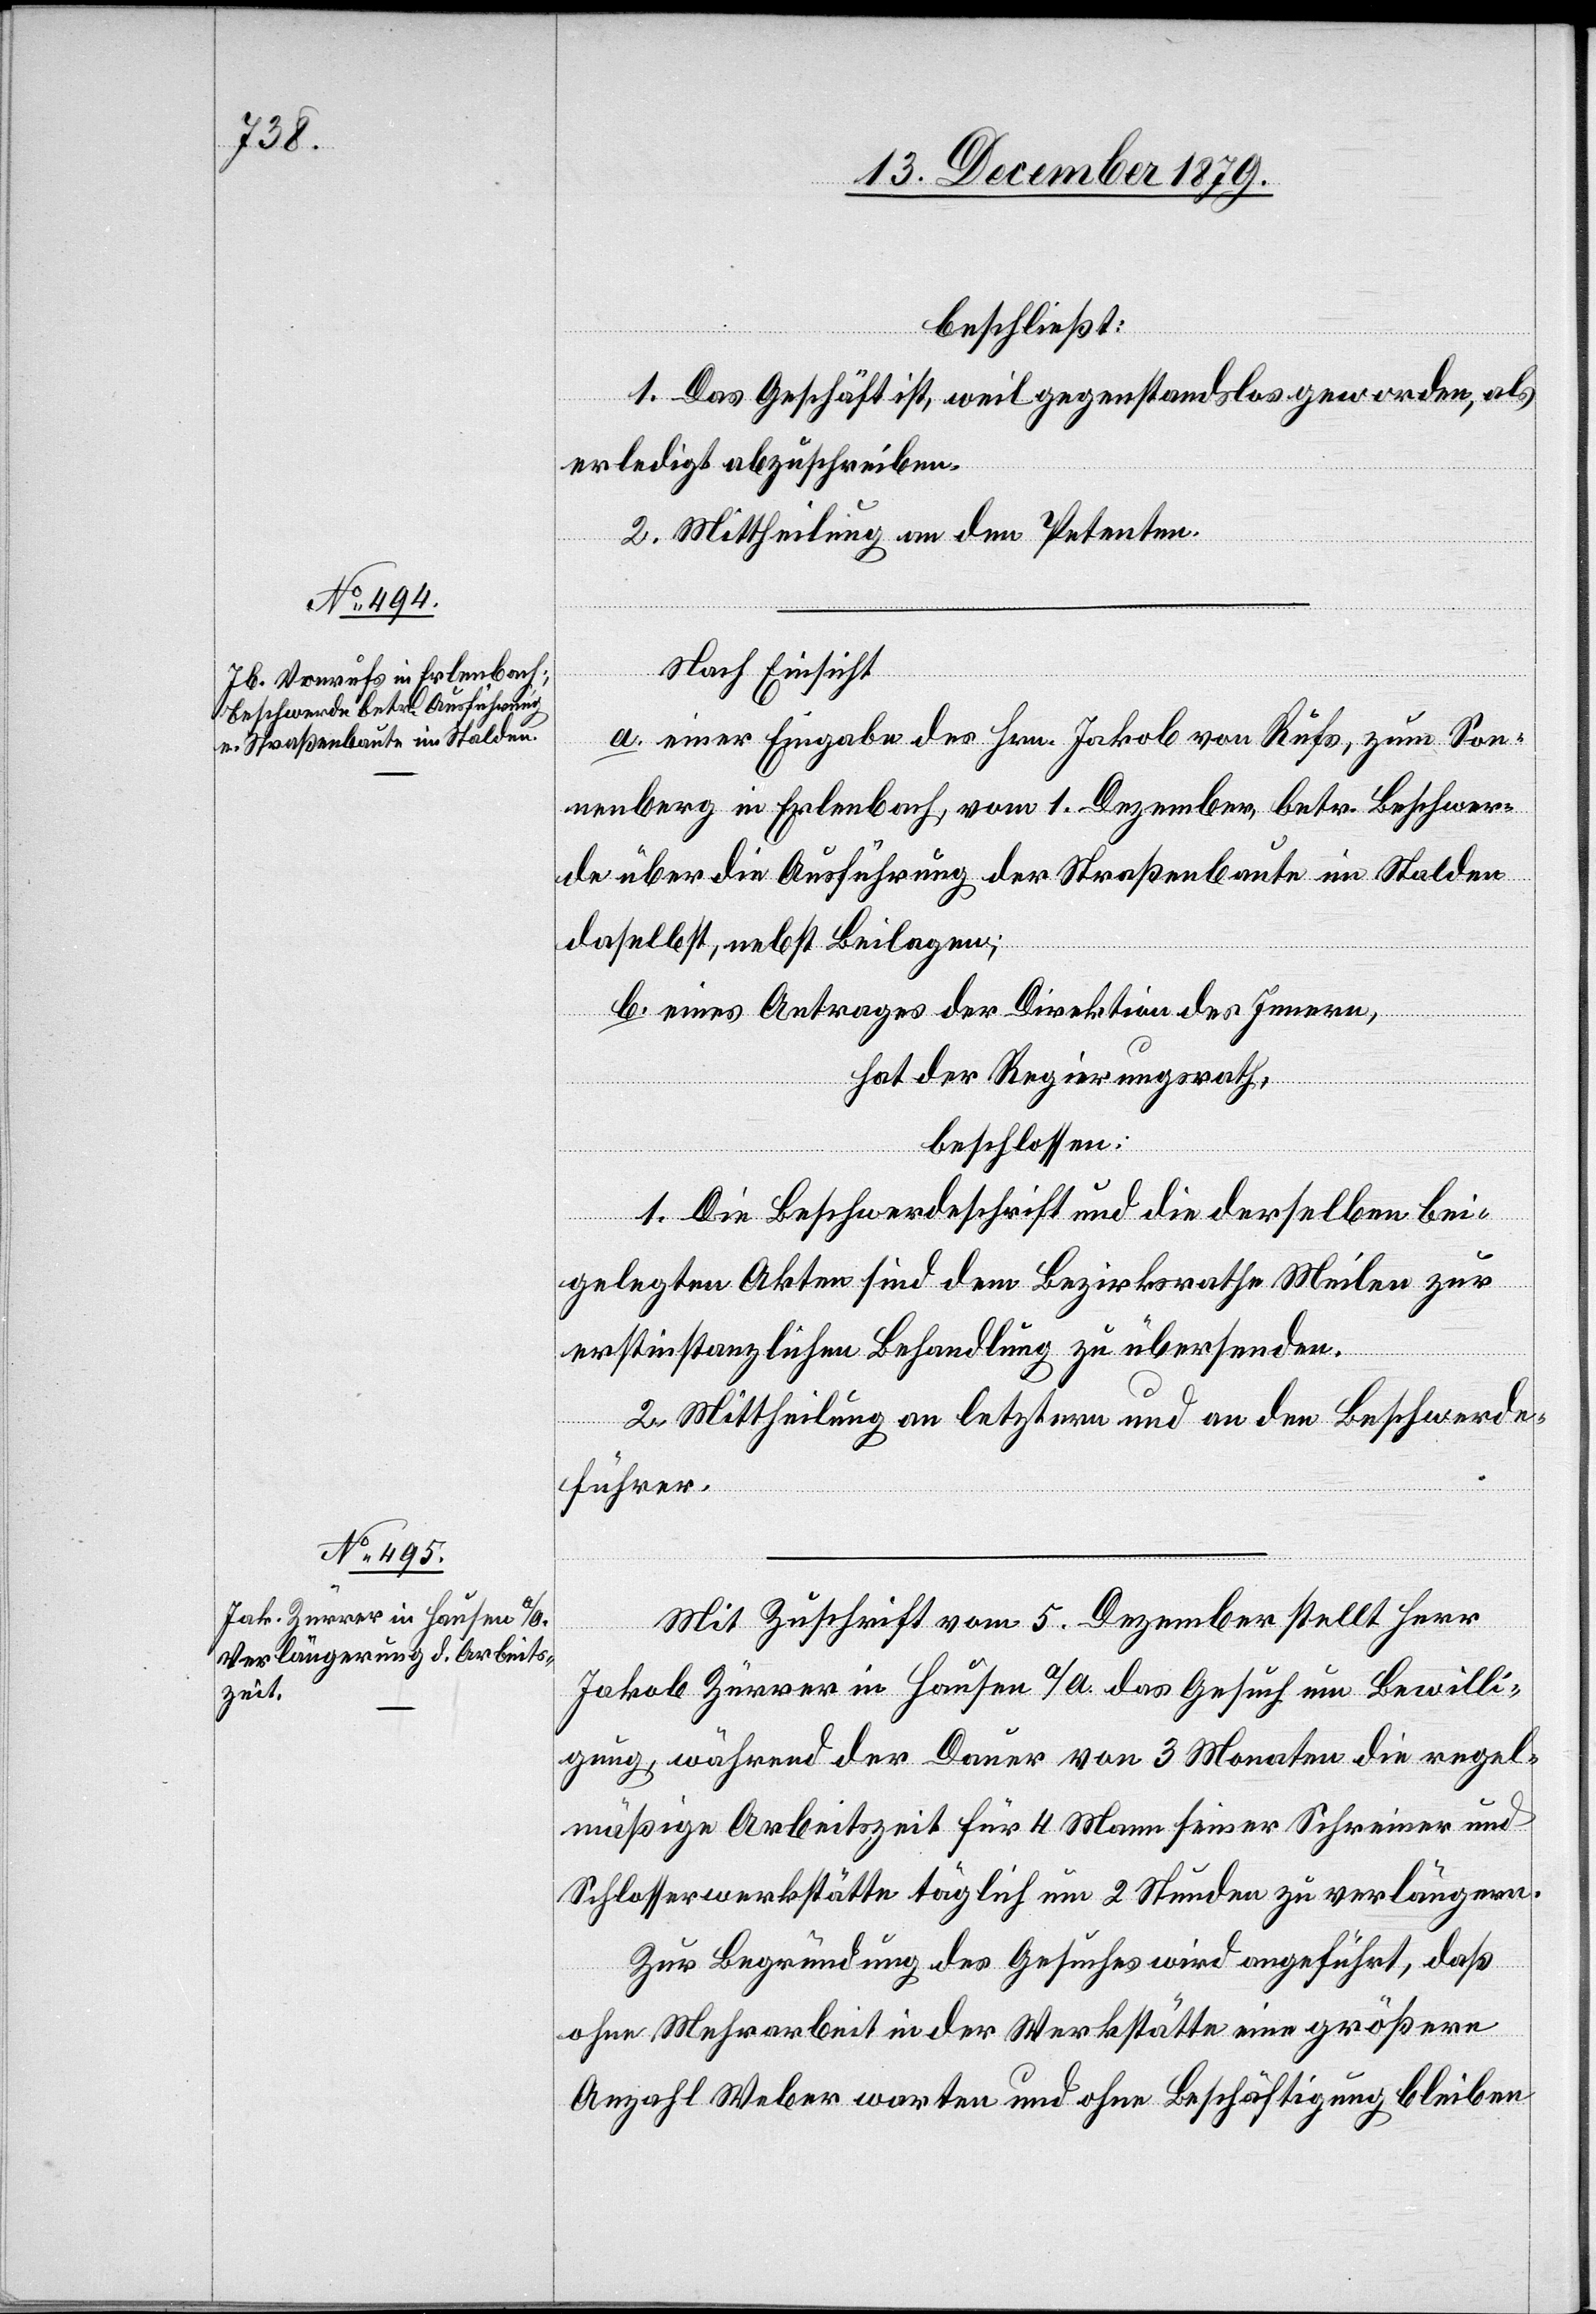
beschließt:
1. Das Geschäft ist, weil gegenstandslos geworden, als
erledigt abzuschreiben.
2. Mittheilung an den Petenten.
Nach Einsicht
a. einer Eingabe des Hrn. Jakob von Rüfs [sic!], zum Son¬
nenberg in Erlenbach, vom 1. Dezember, betr. Beschwer¬
de über die Ausführung der Straßenbaute im Stalden
daselbst, nebst Beilagen;
b. eines Antrages der Direktion des Innern,
hat der Regierungsrath,
beschlossen:
1. Die Beschwerdeschrift und die derselben bei¬
gelegten Akten sind dem Bezirksrathe Meilen zur
erstinstanzlichen Behandlung zu übersenden.
2. Mittheilung an letztern und an den Beschwerde¬
führer.
Mit Zuschrift vom 5. Dezember stellt Herr
Jakob Zürrer in Hausen a/A. das Gesuch um Bewilli¬
gung, während der Dauer von 3 Monaten die regel¬
mäßige Arbeitszeit für 4 Mann seiner Schreiner[-] und
Schlosserwerkstätte täglich um 2 Stunden zu verlängern.
Zur Begründung des Gesuches wird angeführt, daß
ohne Mehrarbeit in der Werkstätte eine größere
Anzahl Weber warten und ohne Beschäftigung bleiben